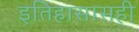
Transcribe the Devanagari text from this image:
इतिहासासही